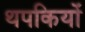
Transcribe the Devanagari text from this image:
थपकियों